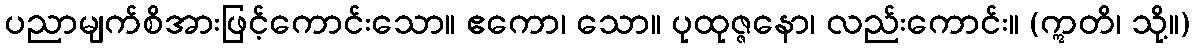
ပညာမျက်စိအားဖြင့်ကောင်းသော။ ဧကော၊ သော။ ပုထုဇ္ဇနော၊ လည်းကောင်း။ (ဣတိ၊ သို့။)